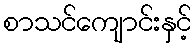
စာသင်ကျောင်းနှင့်